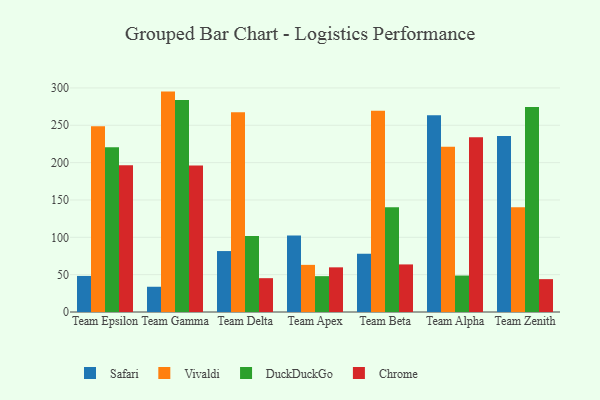
{"axis": {"x": "Team", "y": "Shipments"}, "legend": ["Chrome", "DuckDuckGo", "Safari", "Vivaldi"], "data": [{"x": "Team Epsilon", "y": 48.3, "type": "Safari"}, {"x": "Team Epsilon", "y": 248.8, "type": "Vivaldi"}, {"x": "Team Epsilon", "y": 220.5, "type": "DuckDuckGo"}, {"x": "Team Epsilon", "y": 196.5, "type": "Chrome"}, {"x": "Team Gamma", "y": 33.8, "type": "Safari"}, {"x": "Team Gamma", "y": 295.1, "type": "Vivaldi"}, {"x": "Team Gamma", "y": 284.0, "type": "DuckDuckGo"}, {"x": "Team Gamma", "y": 196.0, "type": "Chrome"}, {"x": "Team Delta", "y": 81.6, "type": "Safari"}, {"x": "Team Delta", "y": 267.6, "type": "Vivaldi"}, {"x": "Team Delta", "y": 101.6, "type": "DuckDuckGo"}, {"x": "Team Delta", "y": 45.3, "type": "Chrome"}, {"x": "Team Apex", "y": 102.3, "type": "Safari"}, {"x": "Team Apex", "y": 63.1, "type": "Vivaldi"}, {"x": "Team Apex", "y": 48.0, "type": "DuckDuckGo"}, {"x": "Team Apex", "y": 59.8, "type": "Chrome"}, {"x": "Team Beta", "y": 78.0, "type": "Safari"}, {"x": "Team Beta", "y": 269.3, "type": "Vivaldi"}, {"x": "Team Beta", "y": 140.1, "type": "DuckDuckGo"}, {"x": "Team Beta", "y": 63.7, "type": "Chrome"}, {"x": "Team Alpha", "y": 263.4, "type": "Safari"}, {"x": "Team Alpha", "y": 221.2, "type": "Vivaldi"}, {"x": "Team Alpha", "y": 48.8, "type": "DuckDuckGo"}, {"x": "Team Alpha", "y": 233.9, "type": "Chrome"}, {"x": "Team Zenith", "y": 235.8, "type": "Safari"}, {"x": "Team Zenith", "y": 140.3, "type": "Vivaldi"}, {"x": "Team Zenith", "y": 274.5, "type": "DuckDuckGo"}, {"x": "Team Zenith", "y": 44.0, "type": "Chrome"}]}